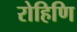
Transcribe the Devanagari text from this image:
रोहिणि